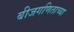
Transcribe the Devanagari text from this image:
बीजगणिताच्या